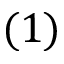
( 1 )